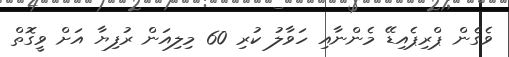
ވެގެން ޕްރިޕެއިޑޭ މެންނާއި ހަވާލު ކުރި 60 މިލިއަން ރުފިޔާ އަށް ވީގޮތް